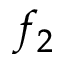
f _ { 2 }